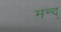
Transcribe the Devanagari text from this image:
मन्द्